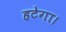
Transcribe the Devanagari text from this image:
हटेगा।